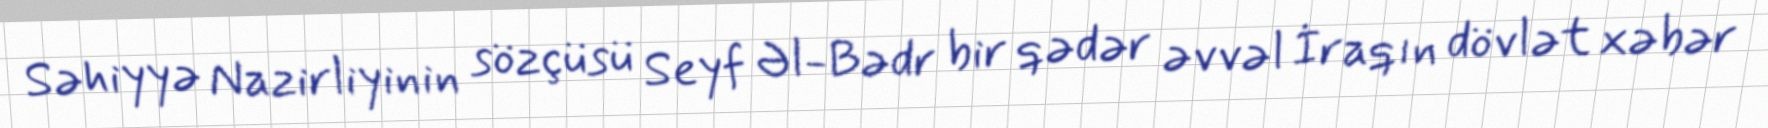
Səhiyyə Nazirliyinin sözçüsü Seyf Əl-Bədr bir qədər əvvəl İraqın dövlət xəbər